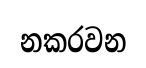
නකරවන